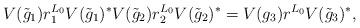
LaTeX: \begin{align*} V(\tilde g_1)r_1^{L_0}V(\tilde g_1)^*V(\tilde g_2)r_2^{L_0}V(\tilde g_2)^* = V(g_3)r^{L_0}V(\tilde g_3)^*, \end{align*}